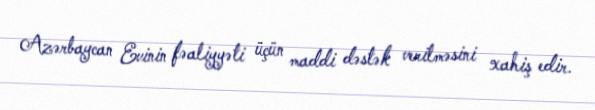
Azərbaycan Evinin fəaliyyəti üçün maddi dəstək verilməsini xahiş edir.